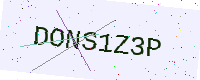
Text: DONS1Z3P